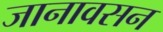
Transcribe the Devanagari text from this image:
जानावसन